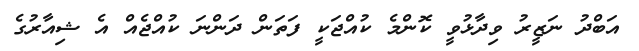
އަބްދު ނަޒީރު ވިދާޅުވީ ކޮންމެ ކުއްޖަކީ ފަތަން ދަންނަ ކުއްޖެއް އެ ޝިއާރުގެ